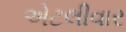
એટલીવાર